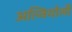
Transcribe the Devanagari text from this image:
अल्वियोली